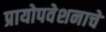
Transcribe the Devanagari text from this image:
प्रायोपवेशनाचे